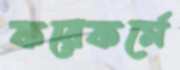
করেকর্মে